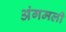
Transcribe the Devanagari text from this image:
अंगमली